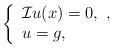
LaTeX: \begin{align*}\left\{\begin{array}{ll} \mathcal{I}u(x)=0,\,\,,\\u=g,\qquad\,\, \end{array} \right.\end{align*}